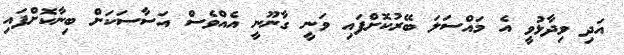
އަދި ވިދާޅުވީ އެ މައްސަލަ ބޭރުކޮށްފައި ވަނީ ގާނޫނީ އެއްވެސް އަސާސަކަށް ބިނާކޮށްފައި